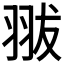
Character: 𦐗